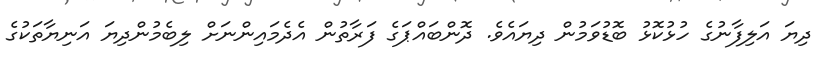
ދިޔަ އަލިފާނުގެ ހުޅުކޮޅު ބޮޑުވަމުން ދިޔައެވެ. ދޮންބައްޕަގެ ފަރާތުން އެދެމައިންނަށް ލިބެމުންދިޔަ އަނިޔާތަކުގެ